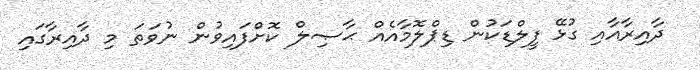
ދާއިރާއާއި ގުޅޭ ފީލްޑަކުން ޑިޕްލޮމާއެއް ޙާޞިލް ކޮށްފައިވުން ނުވަތަ މި ދާއިރާގައި